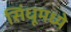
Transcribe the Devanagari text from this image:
सिंधूमध्ये